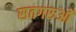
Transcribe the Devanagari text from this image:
सतगरुओं